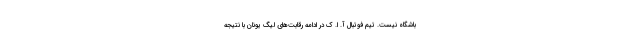
باشگاه نیست. تیم فوتبال آ. ا. ک در ادامه رقابت‌های لیگ یونان با نتیجه